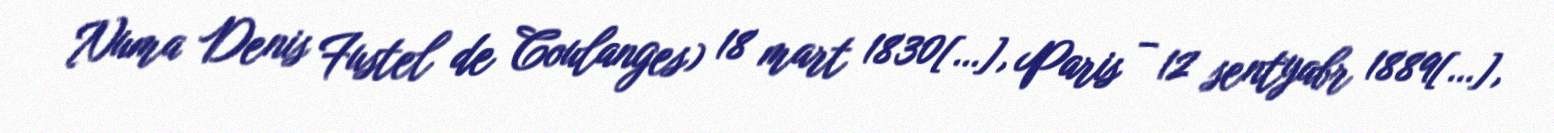
Numa Denis Fustel de Coulanges) 18 mart 1830[…], Paris – 12 sentyabr 1889[…],